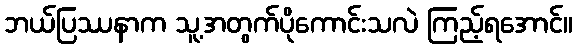
ဘယ်ပြဿနာက သူ့အတွက်ပိုကောင်းသလဲ ကြည့်ရအောင်။